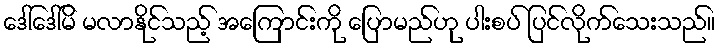
ဒေါ်ဒေါ်မိ မလာနိုင်သည့် အကြောင်းကို ပြောမည်ဟု ပါးစပ် ပြင်လိုက်သေးသည်။